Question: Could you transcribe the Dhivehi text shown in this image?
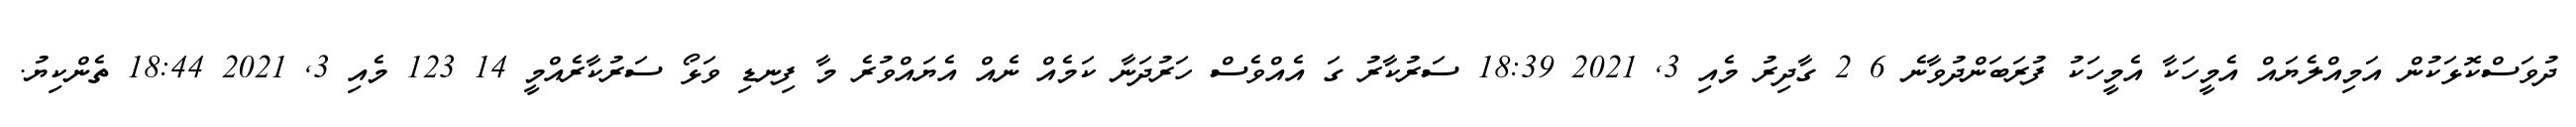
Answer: ދުވަސްކޮޅަކުން އަމިއްލެޔައް އެމީހަކާ އެމީހަކު ފުރަބަންދުވާނެ 6 2 ގާދިރު މެއި 3, 2021 18:39 ސަރުކާރު ގަ އެއްވެސް ހަރުދަނާ ކަމެއް ނެއް އެޔައްވުރެ މާ ފިނޑި ވަޅޯ ސަރުކާރެއްމީ 14 123 މެއި 3, 2021 18:44 ތެންކިޔު.